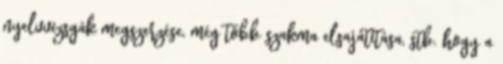
nyelvvizsgák megszerzése, még több szakma elsajátítása, stb. hogy a